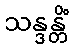
သန္ဒန္တိံ